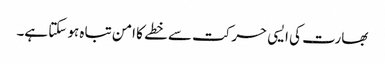
بھارت کی ایسی حرکت سے خطے کا امن تباہ ہو سکتا ہے۔